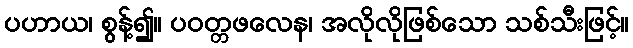
ပဟာယ၊ စွန့်၍။ ပဝတ္တဖလေန၊ အလိုလိုဖြစ်သော သစ်သီးဖြင့်။